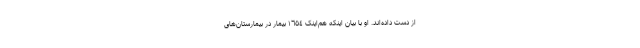
از دست داده‌اند. او با بیان اینکه هم‌اینک ١٦٥٤ بیمار در بیمارستان‌های